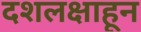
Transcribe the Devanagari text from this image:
दशलक्षाहून